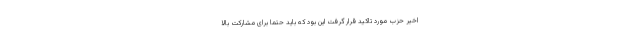
اخیر حزب مورد تاکید قرار گرفت این بود که باید حتماً برای مشارکت بالا